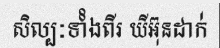
សិល្បៈទាំំងពីរ យីអ៊ុនដាក់